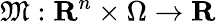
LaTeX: \mathfrak{M}:{\mathbf{R}}^{n}\times\Omega\rightarrow{\mathbf{R}}